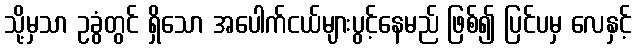
သို့မှသာ ဥခွံတွင် ရှိသော အပေါက်ငယ်များပွင့်နေမည် ဖြစ်၍ ပြင်ပမှ လေနှင့်